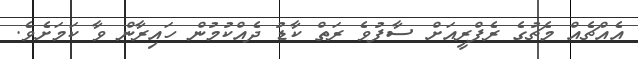
އެއްޗެއް މެޗުގެ ރެފްރީއަށް ސާފުވެ ރަތް ކާޑު ދެއްކުމުން ހައިރާން ވާ ކަމަށެވެ.